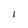
Character: 1